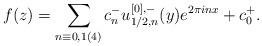
LaTeX: \begin{align*}f(z) = \sum_{n \equiv 0, 1 (4)}c_n^- u_{1/2,n}^{[0],-}(y)e^{2\pi inx} + c_0^+.\end{align*}